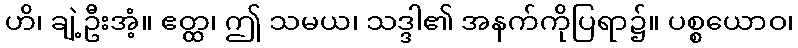
ဟိ၊ ချဲ့ဦးအံ့။ ဧတ္ထ၊ ဤ သမယ၊ သဒ္ဒါ၏ အနက်ကိုပြရာ၌။ ပစ္စယောဝ၊